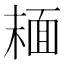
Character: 𩈘